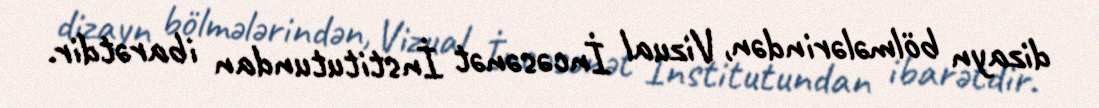
dizayn bölmələrindən, Vizual İncəsənət İnstitutundan ibarətdir.